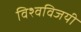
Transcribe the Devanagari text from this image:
विश्वविजयी